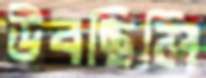
উবছিলি